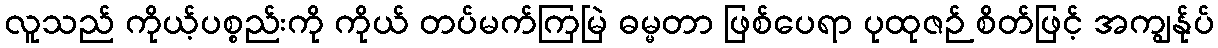
လူသည် ကိုယ့်ပစ္စည်းကို ကိုယ် တပ်မက်ကြမြဲ ဓမ္မတာ ဖြစ်ပေရာ ပုထုဇဉ် စိတ်ဖြင့် အကျွန်ုပ်